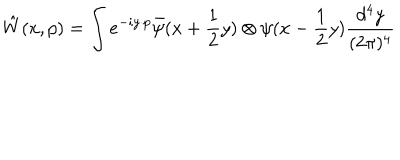
LaTeX: \hat { W } ( x , p ) = \int e ^ { - i y \cdot p } \bar { \psi } ( x + \frac { 1 } { 2 } y ) \otimes \psi ( x - \frac { 1 } { 2 } y ) \frac { d ^ { 4 } y } { ( 2 \pi ) ^ { 4 } }